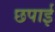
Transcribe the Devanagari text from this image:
छपार्इ